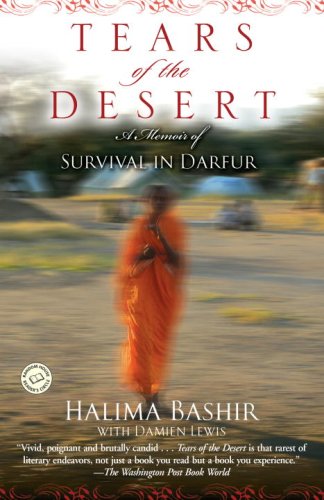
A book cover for Tears of the Desert: A Memoir of Survival in Darfur (Random House Reader's Circle); Halima Bashir; Biographies & Memoirs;